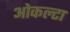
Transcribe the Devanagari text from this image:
ओकल्टा